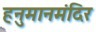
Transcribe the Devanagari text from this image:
हनुमानमंदिर